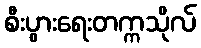
စီးပွားရေးတက္ကသိုလ်